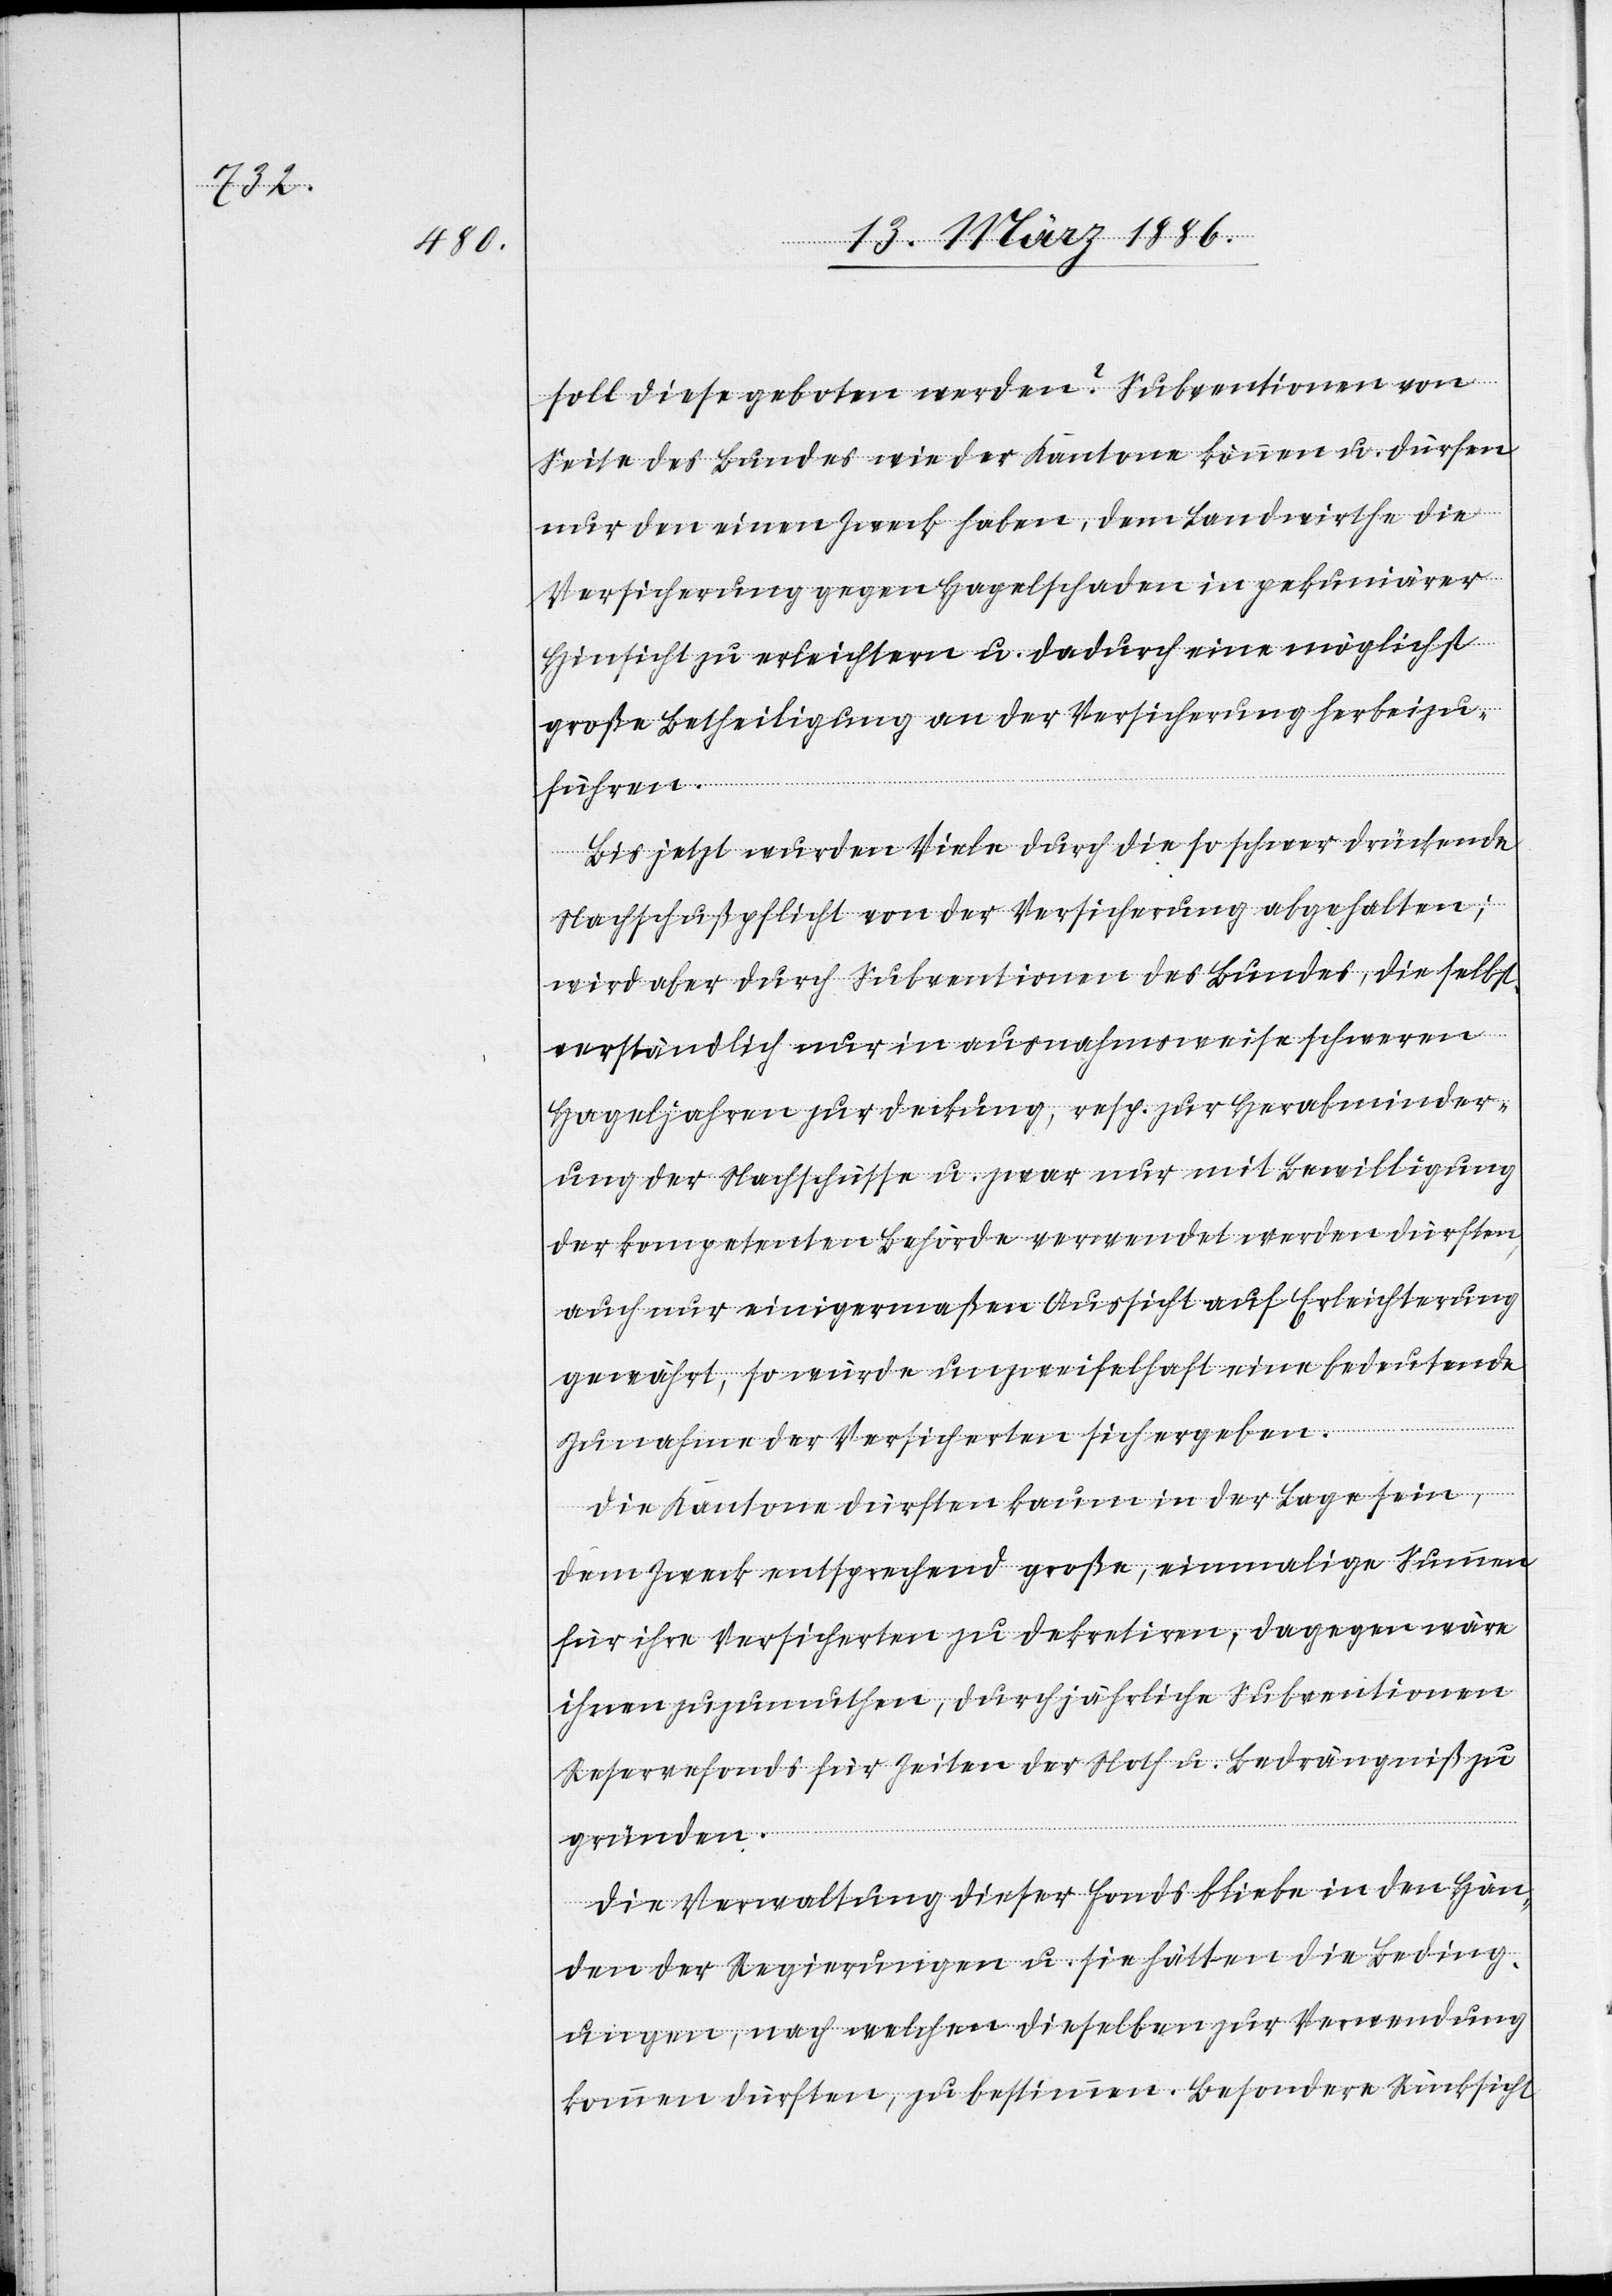
soll diese geboten werden? Subventionen von
Seite des Bundes wie der Kantone können u. dürfen
nur den einen Zweck haben, dem Landwirthe die
Versicherung gegen Hagelschaden in pekuniärer
Hinsicht zu erleichtern u. dadurch eine möglichst
große Betheiligung an der Versicherung herbeizu¬
führen.
Bis jetzt wurden Viele durch die so schwer drückende
Nachschußpflicht von der Versicherung abgehalten;
wird aber durch Subventionen des Bundes, die selbst¬
verständlich nur in ausnahmsweise schweren
Hageljahren zur Deckung, resp. zur Herabminder¬
ung der Nachschüsse u. zwar nur mit Bewilligung
der kompetenten Behörde verwendet werden dürften,
auch nur einigermaßen Aussicht auf Erleichterung
gewährt, so würde unzweifelhaft eine bedeutende
Zunahme der Versicherten sich ergeben.
Die Kantone dürften kaum in der Lage sein,
dem Zweck entsprechend große, einmalige Summen
für ihre Versicherten zu dekretiren, dagegen wäre
ihnen zuzumuthen, durch jährliche Subventionen
Reservefonds für Zeiten der Noth u. Bedrängniß zu
gründen.
Die Verwaltung dieser Fonds bliebe in den Hän¬
den der Regierungen u. sie hätten die Beding¬
ungen, nach welchen dieselben zur Verwendung
kommen dürften, zu bestimmten. Besondere Rücksicht